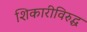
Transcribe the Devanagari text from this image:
शिकारीविरुद्ध